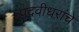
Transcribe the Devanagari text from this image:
पदवीधरांचे